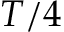
T / 4